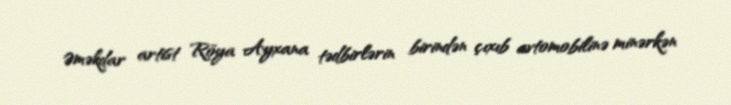
Əməkdar artist Röya Ayxana tədbirlərin birindən çıxıb avtomobilinə minərkən